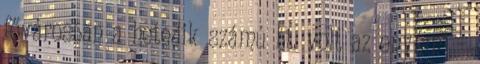
fővárosban a hetedik számú bt. volt az enyém” –